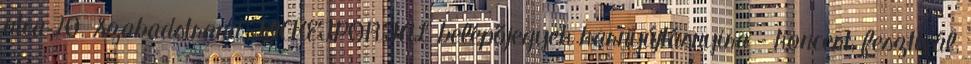
utca 20. Szabadstrand TICKETPORTAL belépőjegyek karnyújtásnyira - koncert, fesztivál,